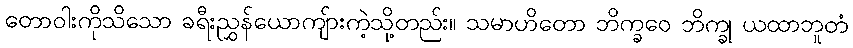
တောဝါးကိုသိသော ခရီးညွှန်ယောကျ်ားကဲ့သို့တည်း။ သမာဟိတော ဘိက္ခဝေ ဘိက္ခု ယထာဘူတံ